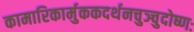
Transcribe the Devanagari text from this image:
कामारिकार्मुककदर्थनचुञ्चुदोष्णः